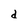
Character: d